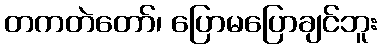
တကတဲတော်၊ ပြောမပြောချင်ဘူး